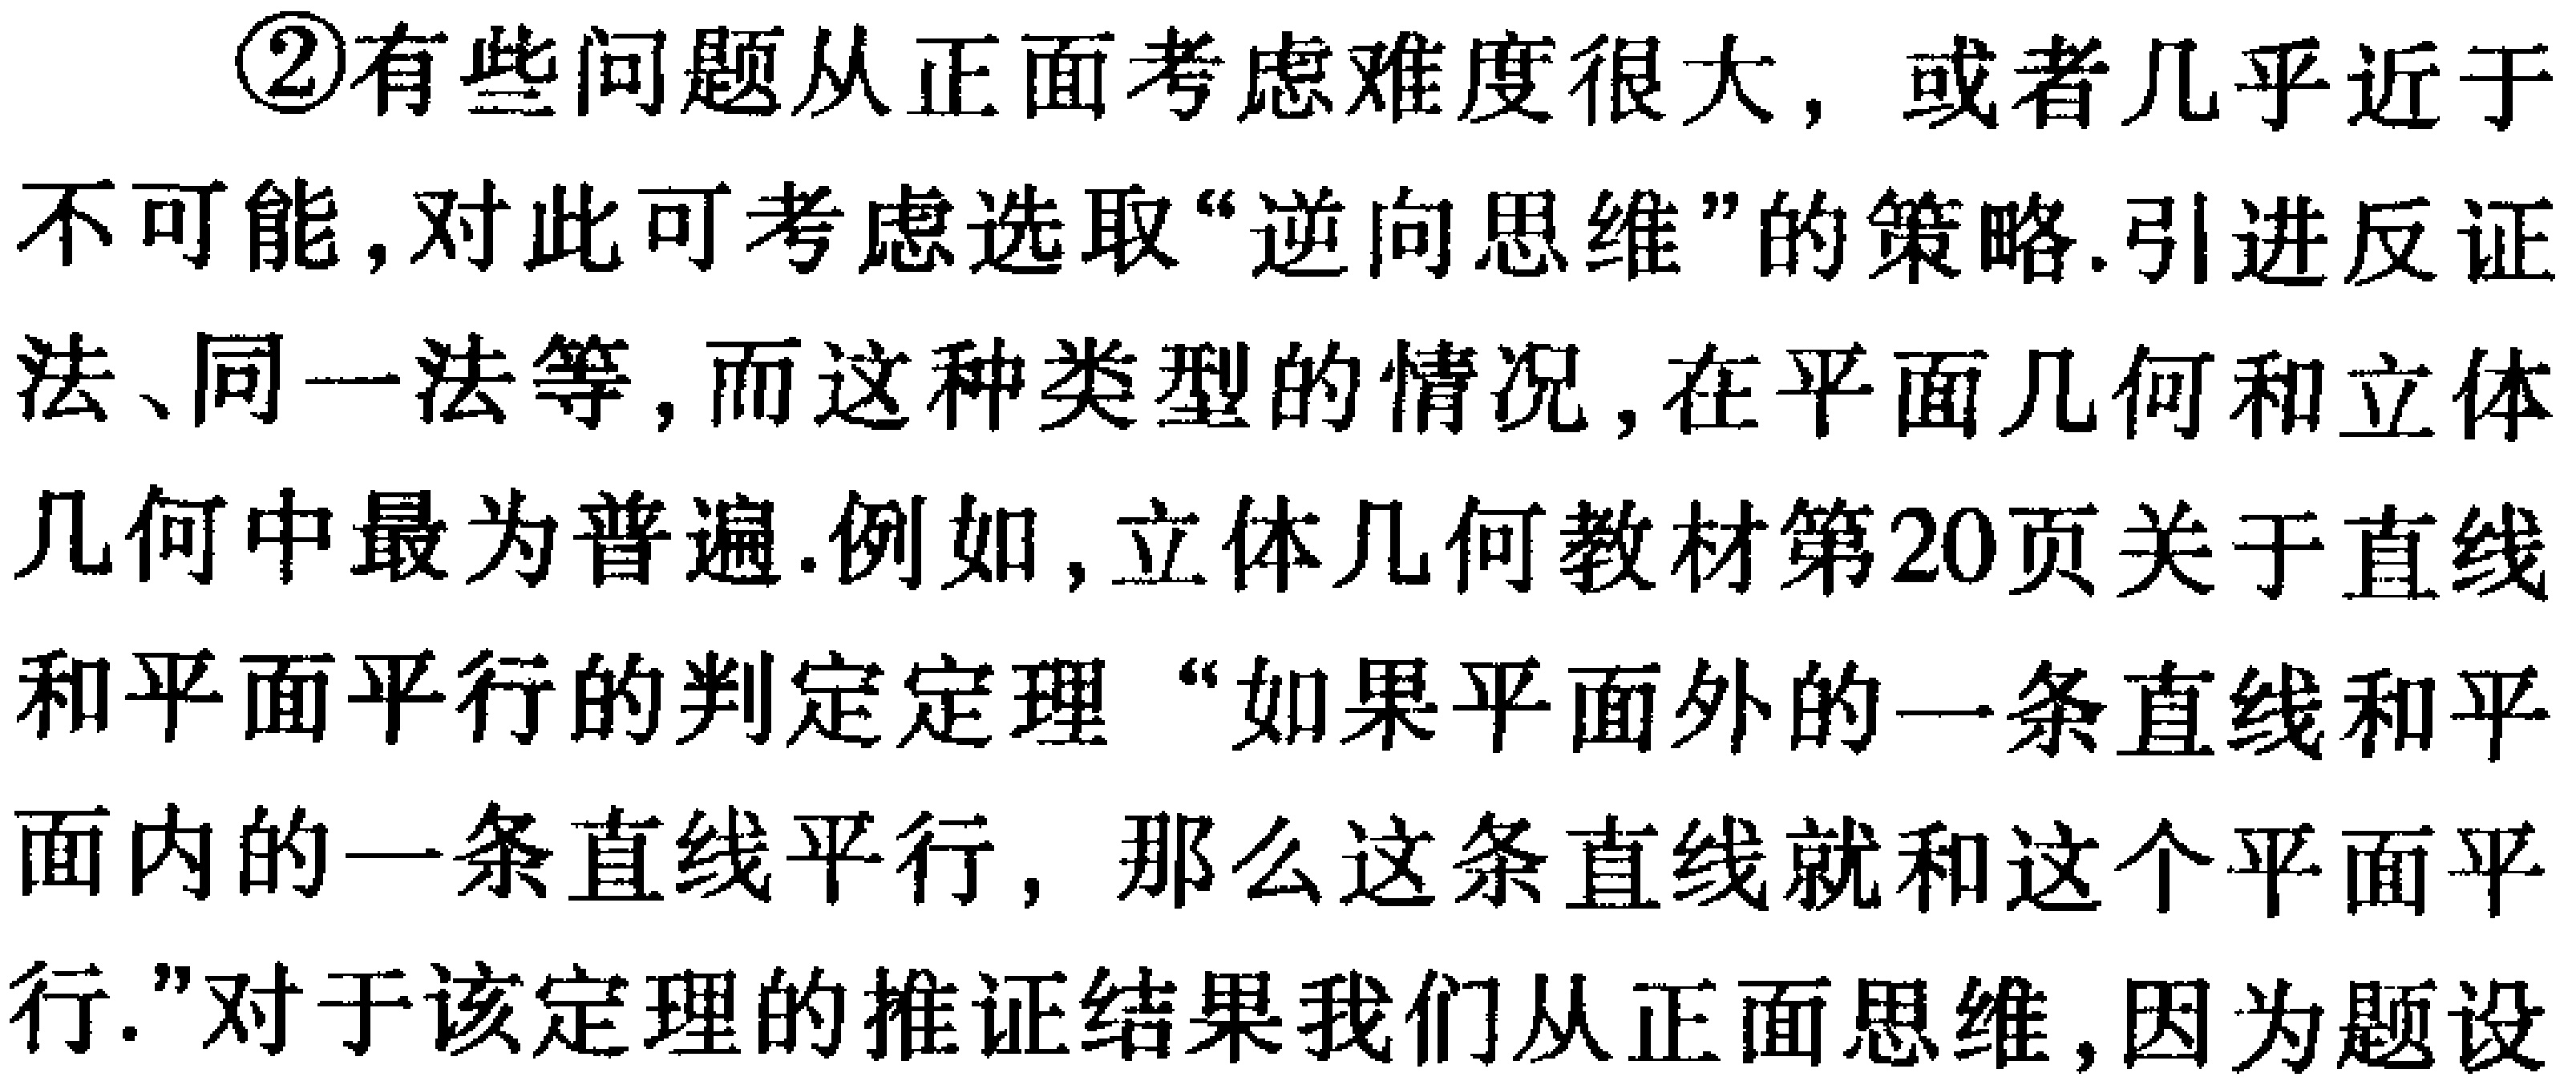
\textcircled{2}有些问题从正面考虑难度很大，或者几乎近于不可能,对此可考虑选取“逆向思维”的策略.引进反证法、同一法等,而这种类型的情况,在平面几何和立体几何中最为普遍.例如,立体几何教材第20页关于直线和平面平行的判定定理“如果平面外的一条直线和平面内的一条直线平行，那么这条直线就和这个平面平行.”对于该定理的推证结果我们从正面思维,因为题设